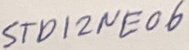
Text: STD12NE06